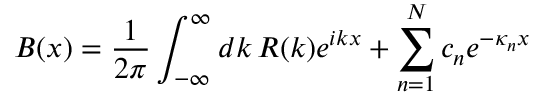
B ( x ) = { \frac { 1 } { 2 \pi } } \int _ { - \infty } ^ { \infty } d k \, R ( k ) e ^ { i k x } + \sum _ { n = 1 } ^ { N } c _ { n } e ^ { - \kappa _ { n } x }